Report on the working of the Ranchi Indian Mental Hospital, Kanke, in Bihar and Orissa - 1930-1940
Year: 1930
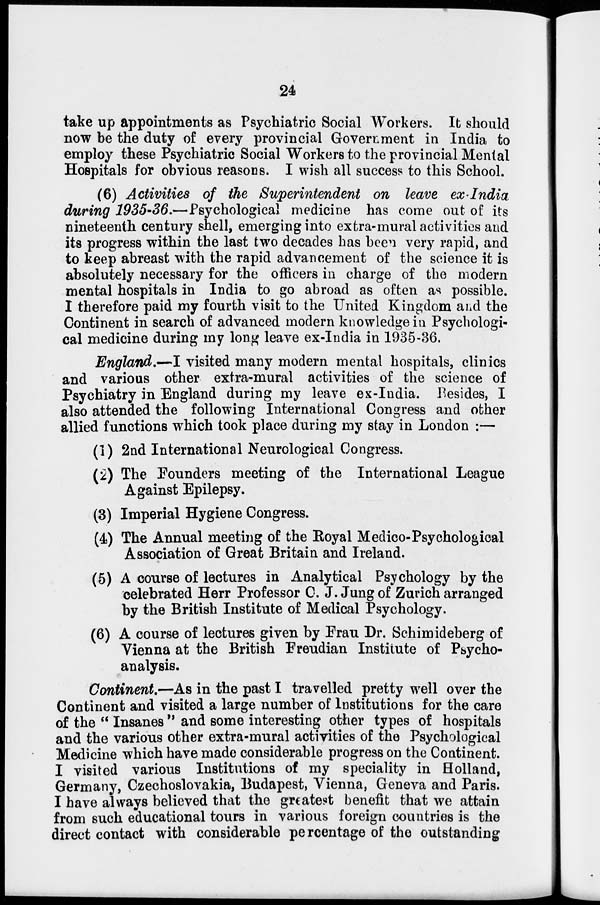
24
take up appointments as Psychiatric Social Workers. It should
now be the duty of every provincial Government in India to
employ these Psychiatric Social Workers to the provincial Mental
Hospitals for obvious reasons. I wish all success to this School.
(6) Activities of the Superintendent on leave ex-India
during 1935-36.—Psychological medicine has come out of its
nineteenth century shell, emerging into extra-mural activities and
its progress within the last two decades has been very rapid, and
to keep abreast with the rapid advancement of the science it is
absolutely necessary for the officers in charge of the modern
mental hospitals in India to go abroad as often as possible.
I therefore paid my fourth visit to the United Kingdom and the
Continent in search of advanced modern knowledge in Psychologi-
cal medicine during my long leave ex-India in 1935-36.
England.—I visited many modern mental hospitals, clinics
and various other extra-mural activities of the science of
Psychiatry in England during my leave ex-India. Besides, I
also attended the following International Congress and other
allied functions which took place during my stay in London :—
(1) 2nd International Neurological Congress.
(2) The Founders meeting of the International League
Against Epilepsy.
(3) Imperial Hygiene Congress.
(4) The Annual meeting of the Royal Medico-Psychological
Association of Great Britain and Ireland.
(5) A course of lectures in Analytical Psychology by the
celebrated Herr Professor C. J. Jung of Zurich arranged
by the British Institute of Medical Psychology.
(6) A course of lectures given by Frau Dr. Schimideberg of
Vienna at the British Freudian Institute of Psycho-
analysis.
Continent.—As in the past I travelled pretty well over the
Continent and visited a large number of Institutions for the care
of the " Insanes " and some interesting other types of hospitals
and the various other extra-mural activities of the Psychological
Medicine which have made considerable progress on the Continent.
I visited various Institutions of my speciality in Holland,
Germany, Czechoslovakia, Budapest, Vienna, Geneva and Paris.
I have always believed that the greatest benefit that we attain
from such educational tours in various foreign countries is the
direct contact with considerable percentage of the outstanding